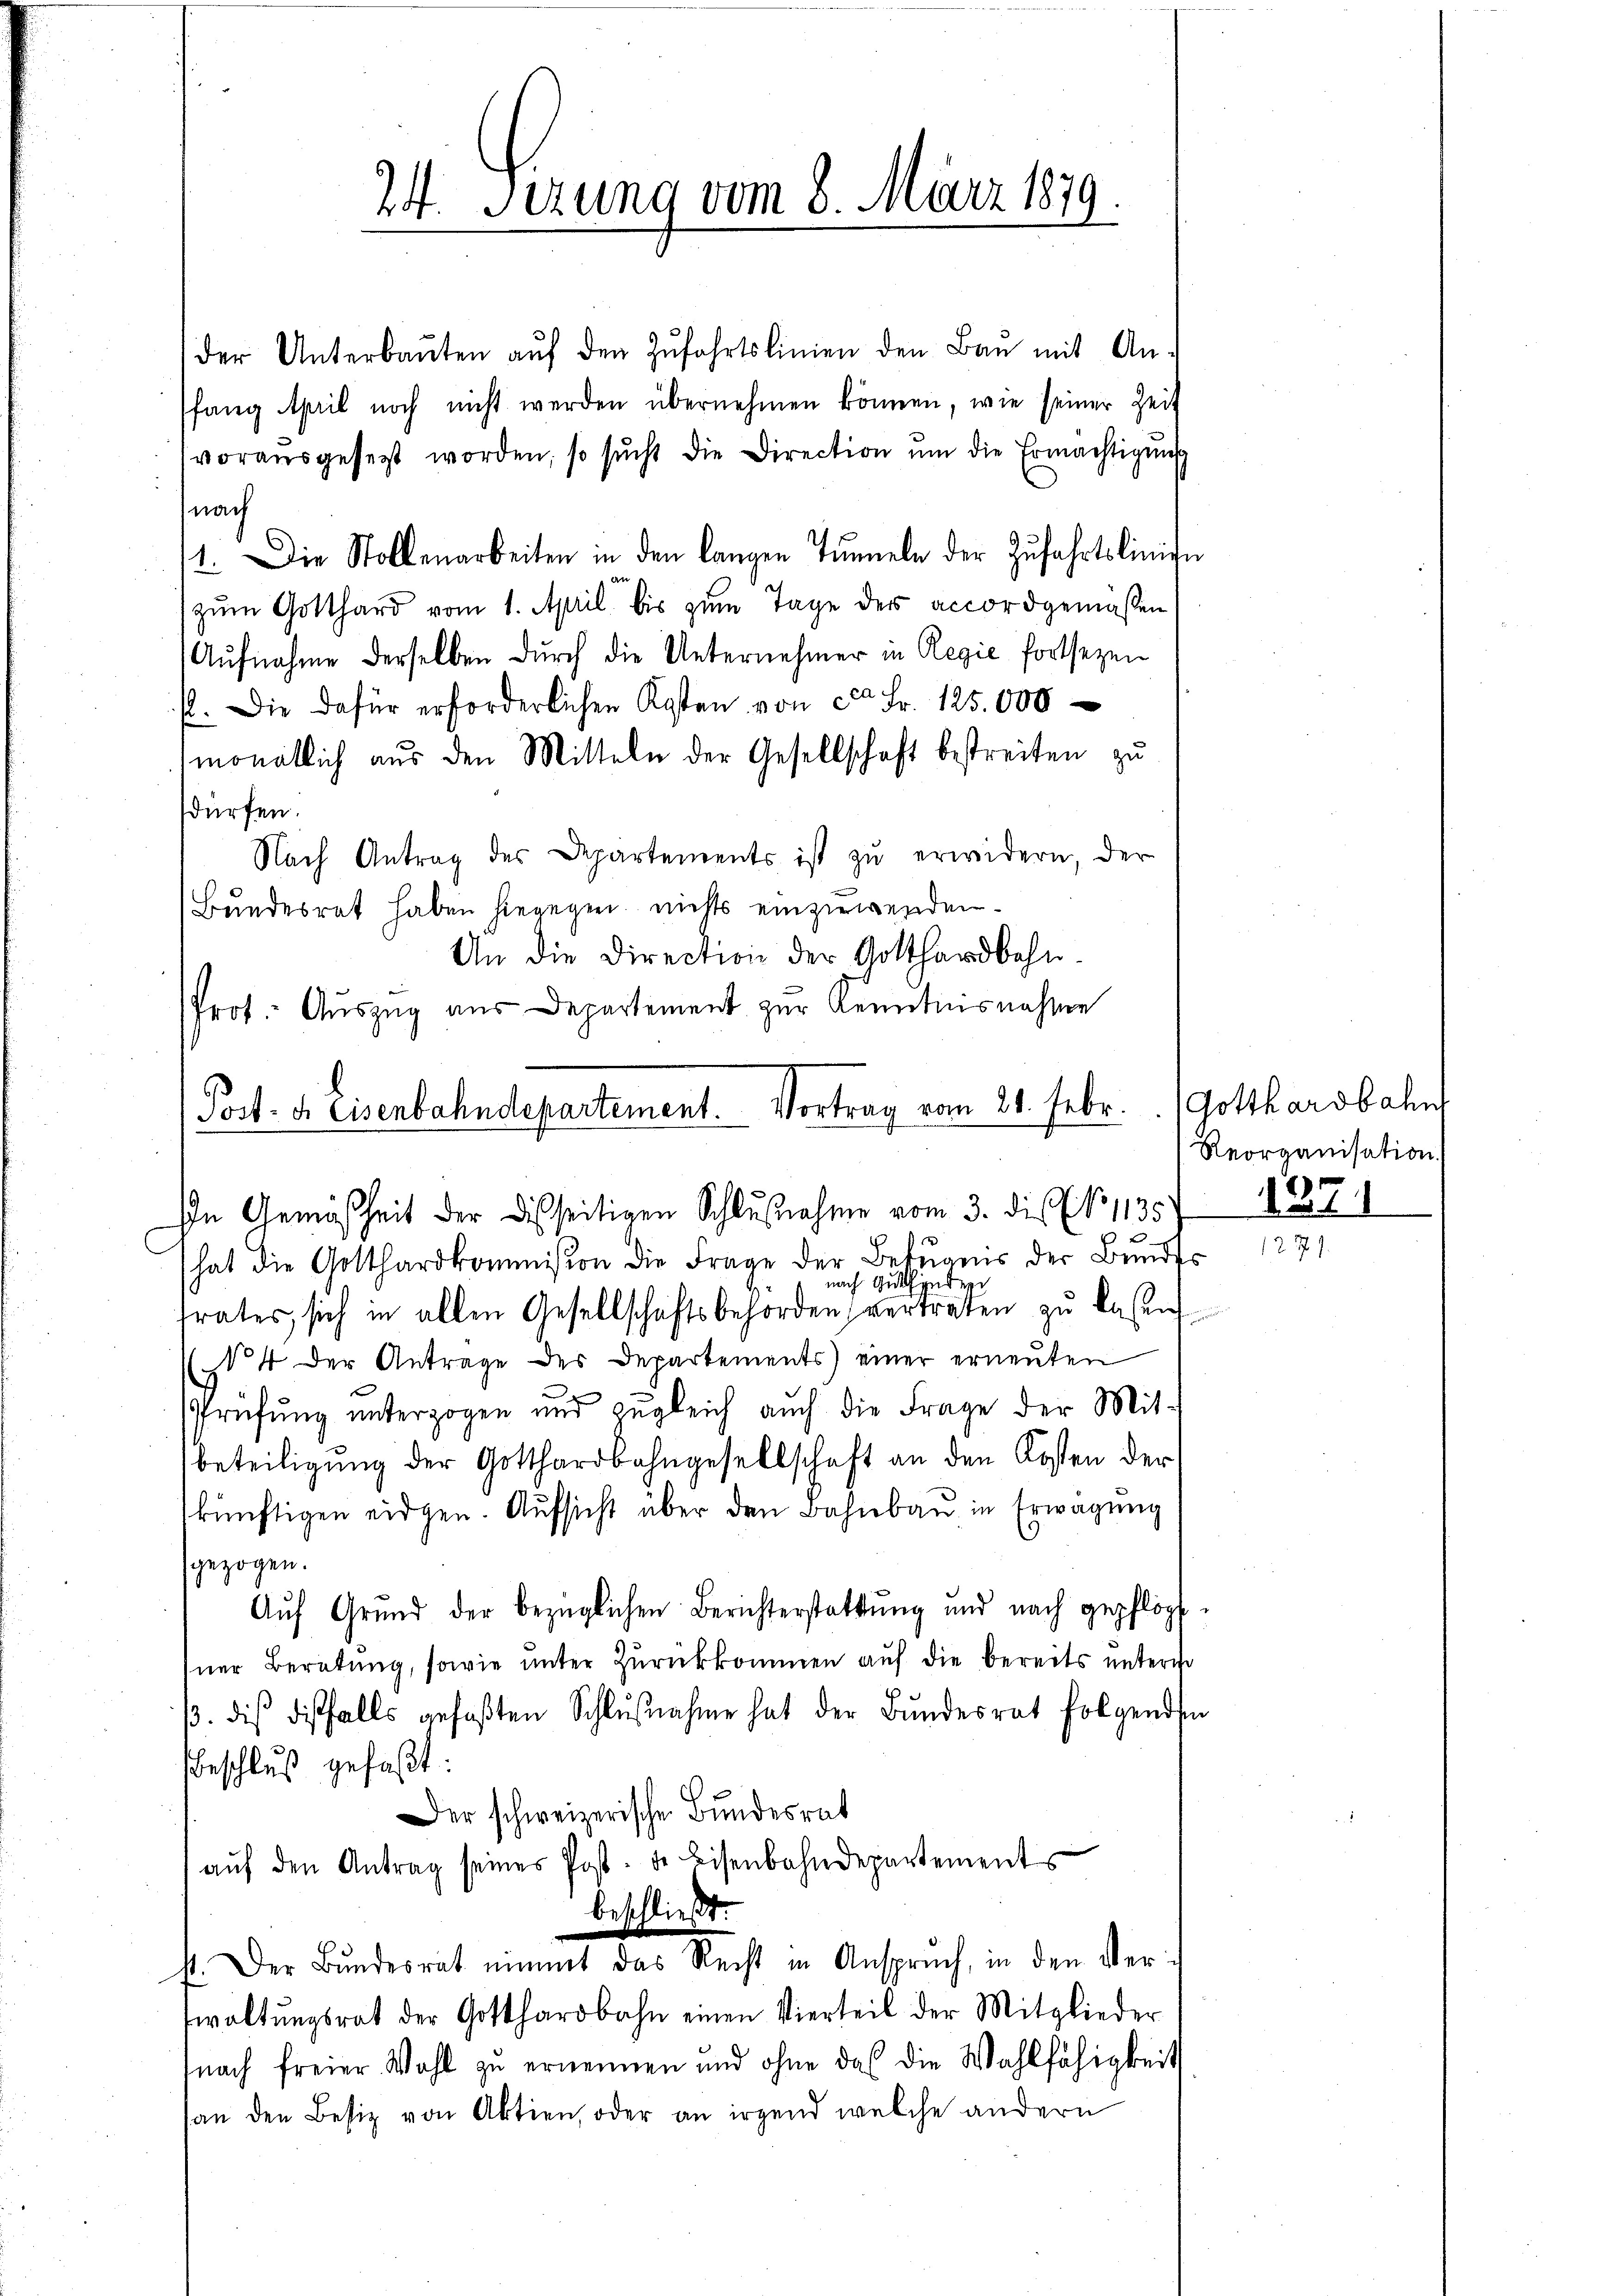
24. Sezung vom 8. März 1879.

der Unterbaŭten aŭf den Zŭfahrtslinien den Bau mit An-
ffang April noch nicht werden übernehmen können, wie seiner Zeit
vorausgesezt worden, so sŭcht die Direction ŭm die Ermächtigung
nach
1. Die Stollenarbeiten in den langen Tŭnneln der Zŭfahrtslinige
zum Gotthard vom 1. April bis zum Tage des accordgemassen
Aufnahme derselben durch die Unternehmer in Regie fortsezen
s. Die dafür erforderlichen Kosten von ca Fr. 125.000
monatlich aus den Mitteln der Gesellschaft bestreiten zu
dürfen.
Nach Antrag des Departements ist zŭ erwidern, der
Bundesrat haben hiegegen nichts einzuwenden.
An die Direction der Gotthardbahn
Prot. Auszug aus Departement zur Kenntnisnahme
Post. d. Eisenbahndepartement. Vortrag vom 21. Febr.

In Gemäßheit der Disseitigen Schlußnahme vom 3. die No 1135

hat die Gotthardkommission die Frage der Betŭanis der Bŭndes
nach Gutfinde
frates sich in allen Gesellschaftsbehörden vertreten zu lassen
((4 der Antrage des Departements) einer erneuten
Prüfung unterzogen und zugleich auch die Frage der Mit-
beteiligung der Gotthardbahngesellschaft an den Kosten der
künftigen eidgen. Aufsicht über den Bahnbau in Erwägung
gezogen.
Auf Grund der bezüglichen Berichterstattung und nach gepflöpf-
sner Beratung, sowie unter Zŭrückkommen auf die bereits unterio
/. die disfalls gefaβten Schlŭβnahme hat der Bŭndesrat folgenden
Beschluß gefaßt:
Der schweizerische Bundesrat
aŭf den Antrag seines Post- de Bisenbahndepartements
beschließt.
st. Der Bŭndesrat nimmt das Recht in Anspruch, in den Ver-
waltŭngsrat der Gotthardbahn einen Vierteil der Mitglieder
nach freier Wohl zu ernennen und ohne das die Wahlfähigkeit
an den Besiz von Aktien, oder an irgend welche andern

Gotthardbahn
Reorganisation

1371